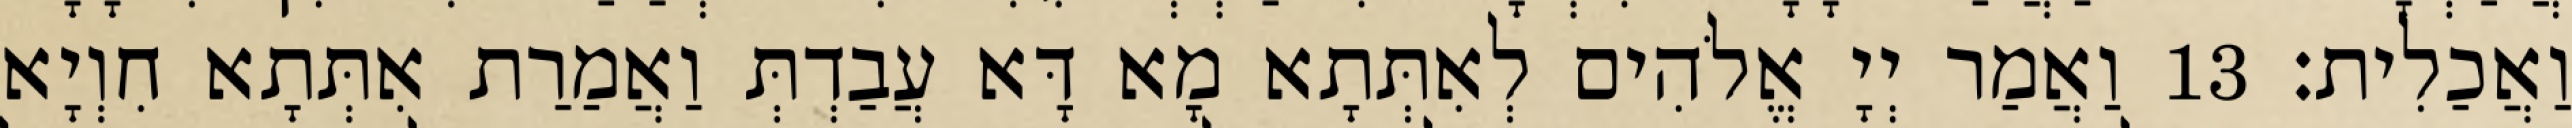
וַאֲכַלִית׃ 13 וַאֲמַר יְיָ אֱלֹהִים לְאִתְּתָא מָא דָּא עֲבַדְתְּ וַאֲמַרַת אִתְּתָא חִוְיָא